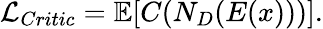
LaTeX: \mathcal{L}_{Critic}=\mathbb{E}[C(N_{D}(E(x)))].